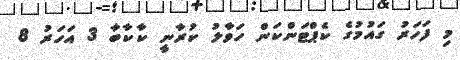
މި ފަހަރު ގައުމުގެ ކެޕްޓަންކަން ހަވާލު ކުރާނީ ކާކާބާ 3 އަހަރު 8